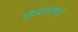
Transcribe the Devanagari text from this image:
बोधसामग्री